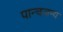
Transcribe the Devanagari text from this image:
पान्चजन्य